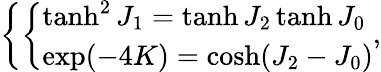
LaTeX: \left\{ \left\{ \begin{array}{ll}{{\operatorname{tanh}^{2}J_{1}=\operatorname{tanh}J_{2}\operatorname{tanh}J_{0}}}\\ {{\exp(-4K)=\cosh(J_{2}-J_{0})}}\end{array}\right.\right.,